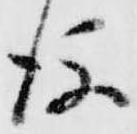
後